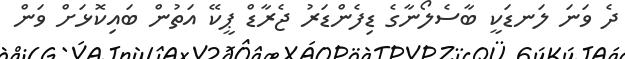
ދެ ވަނަ ލަނޑަކީ ބާސެލޯނާގެ ޑިފެންޑަރު ޖެރާޑް ޕީކޭ އަތުން ބައިކޮޅަށް ވަން